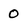
Character: 0